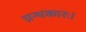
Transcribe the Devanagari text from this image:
ग्रन्थकारः।